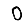
Digit: 0